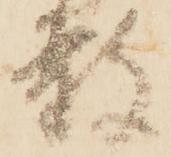
赦